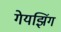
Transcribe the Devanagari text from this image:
गेयझिंग